Civil Veterinary Dept. Bombay admin report 1923-31 - 1923-1931
Year: 1923
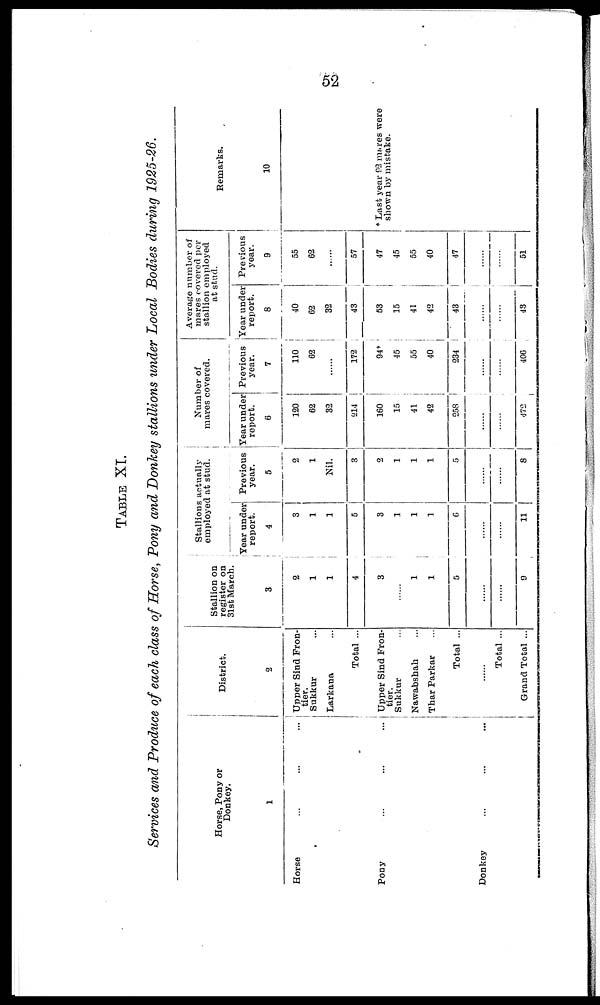
52
TABLE XI.
Services and Produce of each class of Horse, Pony and Donkey stallions under Local Bodies during 1925-26.
Horse, Pony or
Donkey.
1
Horse ... ... ...
Pony ... ... ...
Donkey ... ... ...
District.
2
Upper Sind Fron-
tier.
Sukkur ...
Larkana ...
Total ...
Upper Sind Fron-
tier.
Sukkur ...
Nawabshah
Thar Parkar ...
Total ...
......
Total ...
Grand Total ...
Stallion on
register on
31st March.
3
2
1
1
4
3
......
1
1
5
......
......
9
Stallions actually
employed at stud.
Year under
report.
4
3
1
1
5
3
1
1
1
6
......
......
11
Previous
year.
5
2
1
Nil.
3
2
1
1
1
5
......
......
8
Number of
mares covered.
Year under
report.
6
120
62
32
214
160
15
41
42
258
......
......
472
Previous
year.
7
110
62
......
172
94*
45
55
40
234
......
......
406
Average number of
mares covered per
stallion employed
at stud.
Year under
report.
8
40
62
32
43
53
15
41
42
43
......
......
43
Previous
year.
9
55
62
......
57
47
45
55
40
47
......
......
51
Remarks.
10
* Last year 92 mares were
shown by mistake.